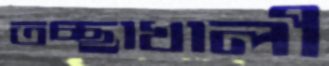
তচ্ছাখালী